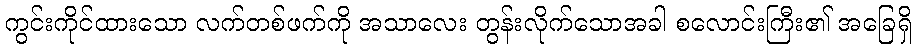
ကွင်းကိုင်ထားသော လက်တစ်ဖက်ကို အသာလေး တွန်းလိုက်သောအခါ စလောင်းကြီး၏ အခြေရှိ